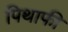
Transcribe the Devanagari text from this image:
पिथाफी